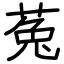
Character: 菟